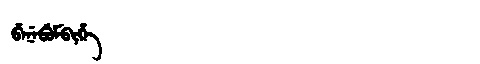
Manchu: ᠪᡝᠨᡝᠪᡠᠮᠪᡳᡥᡝ
Romanization: BENEBUMBIHE